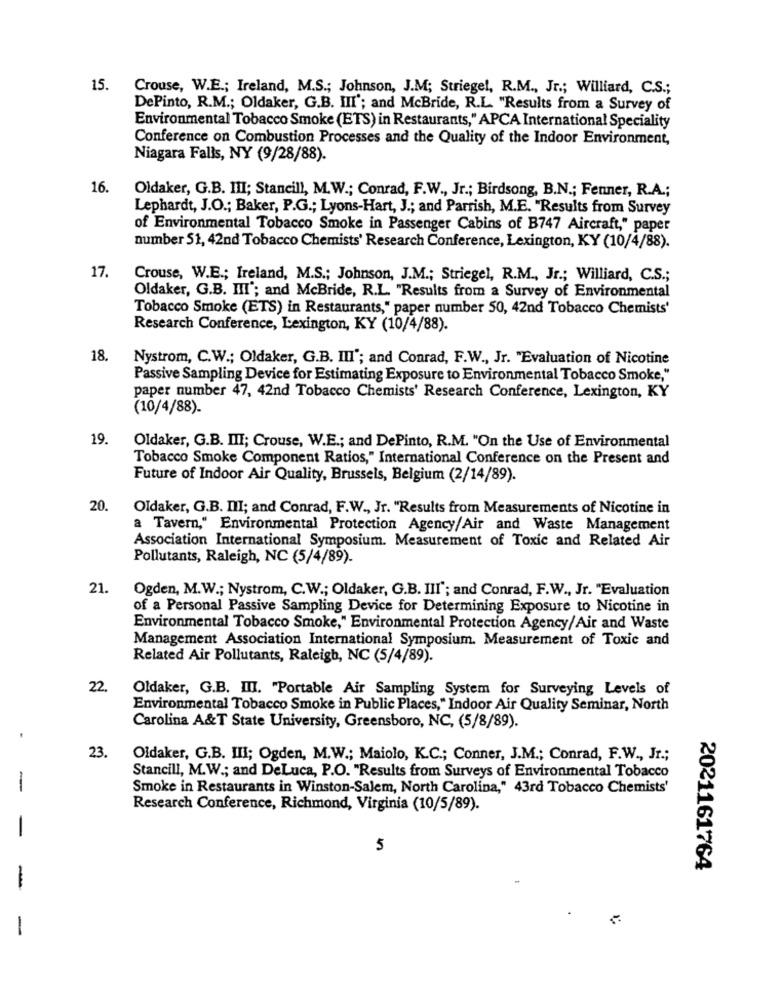
15.
Crouse, W.E .; Ireland, M.S .; Johnson, J.M; Striegel, R.M ., Jr .; Williard, C.S .;
DePinto, R.M .; Oldaker, G.B. III'; and McBride, R.L. "Results from a Survey of
Environmental Tobacco Smoke (ETS) in Restaurants," APCA International Speciality
Conference on Combustion Processes and the Quality of the Indoor Environment,
Niagara Falls, NY (9/28/88).
16.
Oldaker, G.B. III; Stancill, M.W .; Conrad, F.W ., Jr .; Birdsong, B.N .; Fenner, R.A .;
Lephardt, J.O .; Baker, P.G .; Lyons-Hart, J .; and Parrish, M.E. "Results from Survey
of Environmental Tobacco Smoke in Passenger Cabins of B747 Aircraft," paper
number 51, 42nd Tobacco Chemists' Research Conference, Lexington, KY (10/4/88).
17.
Crouse, W.E .; Ireland, M.S .; Johnson, J.M .; Striegel, R.M ., Jr .; Williard, C.S .;
Oldaker, G.B. III'; and McBride, R.L. "Results from a Survey of Environmental
Tobacco Smoke (ETS) in Restaurants," paper number 50, 42nd Tobacco Chemists'
Research Conference, Lexington, KY (10/4/88).
18.
Nystrom, C.W .; Oldaker, G.B. III'; and Conrad, F.W ., Jr. "Evaluation of Nicotine
Passive Sampling Device for Estimating Exposure to Environmental Tobacco Smoke,"
paper number 47, 42nd Tobacco Chemists' Research Conference, Lexington, KY
(10/4/88).
19.
Oldaker, G.B. III; Crouse, W.E .; and DePinto, R.M. "On the Use of Environmental
Tobacco Smoke Component Ratios," International Conference on the Present and
Future of Indoor Air Quality, Brussels, Belgium (2/14/89).
20.
Oldaker, G.B. III; and Conrad, F.W ., Jr. "Results from Measurements of Nicotine in
a Tavern," Environmental Protection Agency/Air and Waste Management
Association International Symposium. Measurement of Toxic and Related Air
Pollutants, Raleigh, NC (5/4/89).
21.
Ogden, M.W .; Nystrom, C.W .; Oldaker, G.B. III'; and Conrad, F.W ., Jr. "Evaluation
of a Personal Passive Sampling Device for Determining Exposure to Nicotine in
Environmental Tobacco Smoke," Environmental Protection Agency/Air and Waste
Management Association International Symposium. Measurement of Toxic and
Related Air Pollutants, Raleigh, NC (5/4/89).
22.
Oldaker, G.B. III. "Portable Air Sampling System for Surveying Levels of
Environmental Tobacco Smoke in Public Places," Indoor Air Quality Seminar, North
Carolina A&T State University, Greensboro, NC, (5/8/89).
23.
Oldaker, G.B. III; Ogden, M.W .; Maiolo, K.C .; Conner, J.M .; Conrad, F.W ., Jr .;
Stancill, M.W .; and DeLuca, P.O. "Results from Surveys of Environmental Tobacco
-
Smoke in Restaurants in Winston-Salem, North Carolina," 43rd Tobacco Chemists'
Research Conference, Richmond, Virginia (10/5/89).
-
5
2021161764